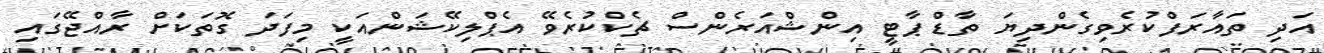
އަދި ތައާރަފްކުރެވިގެންދިޔަ ތާޑް ޕާޓީ އިންޝްއަރެންސް ޗެކްކުރެވޭ އެޕްލިކޭޝަންއަކީ މިފަދަ ގޮތަކަށް ރާއްޖޭގައި